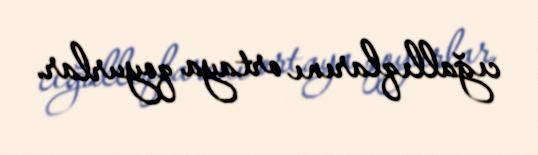
cığallıqlarını ortaya qoyurlar.